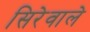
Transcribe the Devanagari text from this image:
सिरेवाले